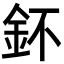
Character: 鈈